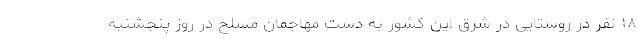
۱۸ نفر در روستایی در شرق این کشور به دست مهاجمان مسلح در روز پنجشنبه